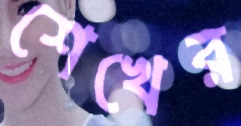
শেখের